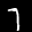
Label: 7